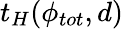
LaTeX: t_{H}(\phi_{tot},d)